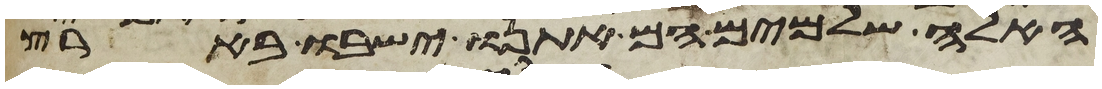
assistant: האלה שלמים הם אתנו ישבו בארץ